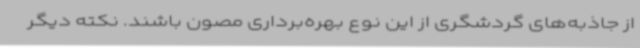
از جاذبه‌های گردشگری از این نوع بهره‌برداری مصون باشند. نکته دیگر